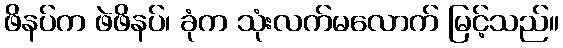
ဖိနပ်က ဖဲဖိနပ်၊ ခုံက သုံးလက်မလောက် မြင့်သည်။